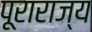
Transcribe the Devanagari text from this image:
पूराराज्य